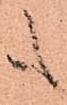
も